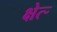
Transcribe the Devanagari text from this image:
क्षेत्र्‍